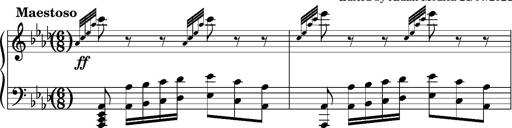
Title: Album-Leaf 'Ah, vous dirai-je, maman'
Composer: Franz Liszt
Key: A-flat major